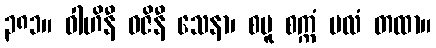
၃၈၁။ ဝါဟိနီ ဓဇိနီ သေနာ၊ စမူ စက္ကံ ဗလံ တထာ။